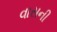
વાસની